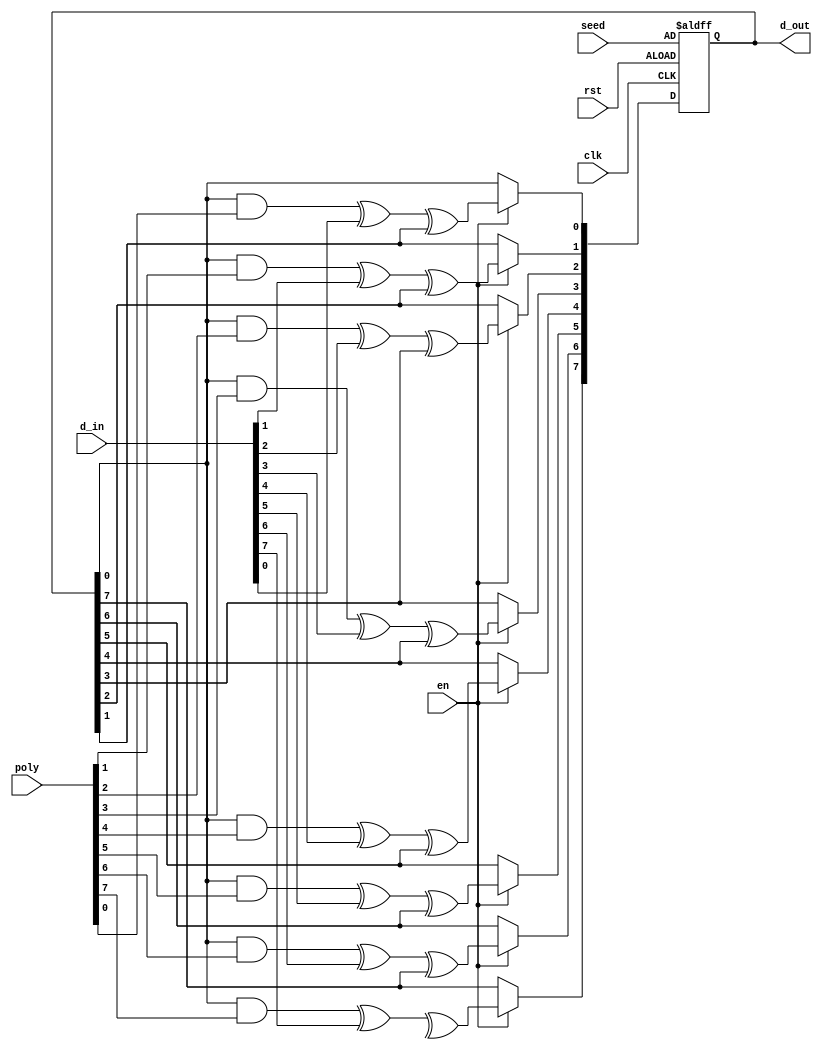
 
`timescale 1ns/1ns

module MISR #(parameter n = 8 )(clk, rst, en, poly, seed, d_in, d_out);
			
   input clk, rst, en;
   input [n - 1: 0] poly, seed;
   input [n - 1:0] d_in;
   output reg [n - 1:0] d_out;
   integer i;
	
   always @(posedge clk or posedge rst) begin
      if(rst == 1'b1) 
         d_out <= seed;
      else if(en == 1'b1)begin
         d_out[9] <= (d_out[0] & poly[9]) ^ d_in[9];
         for(i = 0; i < 9; i = i + 1) begin
            d_out[i] <= (d_out[0] & poly[i]) ^ d_in[i] ^ d_out[i + 1];
         end //for
      end
   end
endmodule